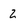
Character: 2